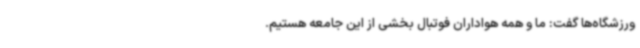
ورزشگاه‌ها گفت: ما و همه هواداران فوتبال بخشی از این جامعه هستیم.